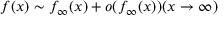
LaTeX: f ( x ) \sim f _ { \infty } ( x ) + o ( f _ { \infty } ( x ) ) ( x \rightarrow \infty )